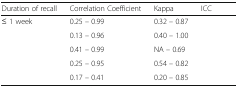
<table><thead><tr><td><b>Duration of recall</b></td><td><b>Correlation Coefficient</b></td><td><b>Kappa</b></td><td><b>ICC</b></td></tr></thead><tbody><tr><td>≤ 1 week</td><td>0.25 – 0.99</td><td>0.32 – 0.87</td><td>[EMPTY_CELL]</td></tr><tr><td>[EMPTY_CELL]</td><td>0.13 – 0.96</td><td>0.40 – 1.00</td><td>[EMPTY_CELL]</td></tr><tr><td>[EMPTY_CELL]</td><td>0.41 – 0.99</td><td>NA – 0.69</td><td>[EMPTY_CELL]</td></tr><tr><td>[EMPTY_CELL]</td><td>0.25 – 0.95</td><td>0.54 – 0.82</td><td>[EMPTY_CELL]</td></tr><tr><td>[EMPTY_CELL]</td><td>0.17 – 0.41</td><td>0.20 – 0.85</td><td>[EMPTY_CELL]</td></tr></tbody></table>